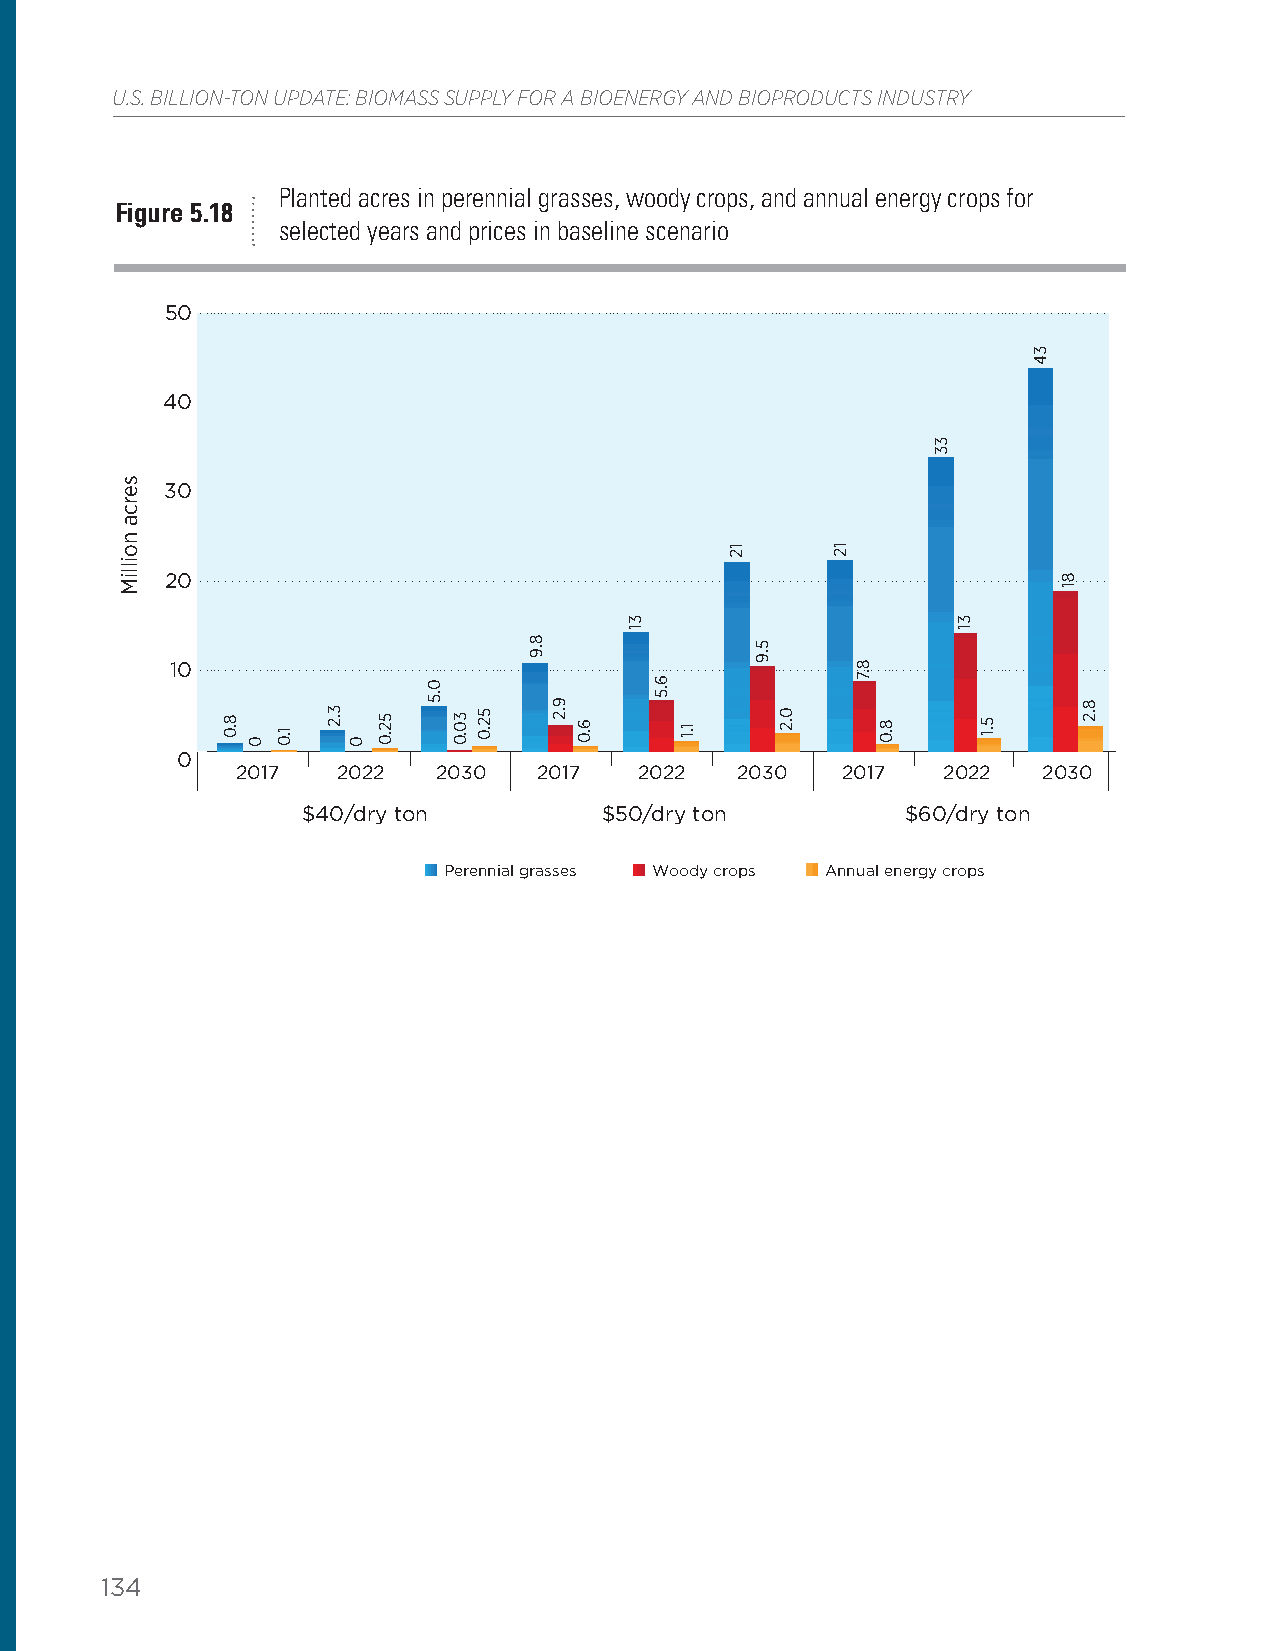
U.S. BILLION-TON UPDATE: BIOMASS SUPPLY FOR A BIOENERGY AND BIOPRODUCTS INDUSTRY
 Planted acres in perennial grasses, woody crops, and annual energy crops for
 Figure 5.18
 selected years and prices in baseline scenario
 50
 40
 30
 20
 10
 0
 2017  2022   2030   2017  2022   2030   2017  2022   2030
 $40/dry ton         $50/dry ton         $60/dry ton
 Perennial grasses Woody crops Annual energy crops
 134
 serca
 noilliM
 8.0
 0
 1.0 3.2
 0
 52.0
 0.5
 30.0 52.0
 8.9
 9.2 6.0
 31
 6.5
 1.1
 12
 5.9
 0.2
 12
 8.7
 8.0
 33
 31
 5.1
 34
 81
 8.2